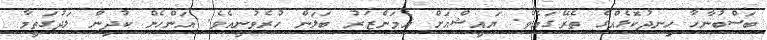
ބަސްބުނާހާ ހިނދުކޮޅެއްގެ ތެރޭގައެވެ. ޔައީޝްއަށް އެމަންޒަރު ބަލަން ހުރެވުނީއެވެ. އަންހެން ކުދިން ލަދުގަތީމާ